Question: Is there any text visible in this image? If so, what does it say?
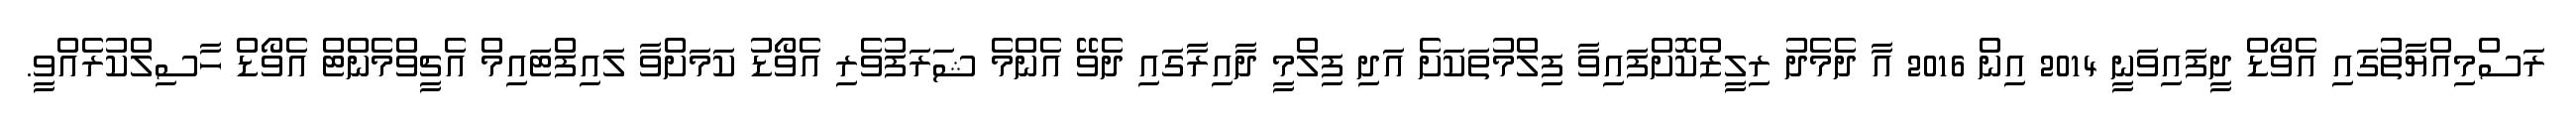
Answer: ރަސްމިއްޔާތުުގައި އެވޯޑް ދީފައިވަނީ 2014 އިން 2016 އާ ދެމެދު ރިލީޒްކޮށްފައިވާ ފިލްމުތަކަށެ އަދި ފިލްމީ ދާއިރާގައި ދެވޭ އެންމެ ޝަރަފުވެރި އެވޯޑު ކަމަށްވާ ލައިފްޓައިމް އެޗީވްމެންޓް އެވޯޑް ހާސިލްކުރެއްވީ.